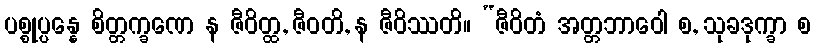
ပစ္စုပ္ပန္နေ စိတ္တက္ခဏေ န ဇီဝိတ္ထ, ဇီဝတိ, န ဇီဝိဿတိ။ “ဇီဝိတံ အတ္တဘာဝေါ စ, သုခဒုက္ခာ စ